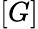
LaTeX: [G]